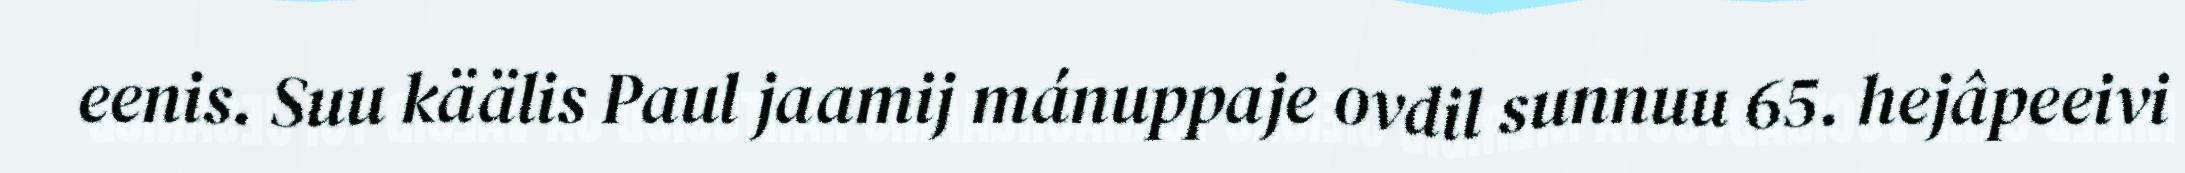
eenis. Suu käälis Paul jaamij mánuppaje ovdil sunnuu 65. hejâpeeivi